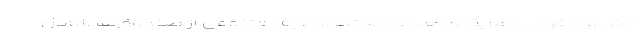
ه‌گذاری افراد با علایق و اهداف مختلف، طیف متنوعی از صندوق‌ها شامل